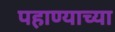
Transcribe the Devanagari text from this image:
पहाण्याच्या